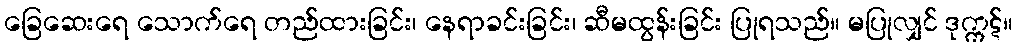
ခြေဆေးရေ သောက်ရေ တည်ထားခြင်း၊ နေရာခင်းခြင်း၊ ဆီမထွန်းခြင်း ပြုရသည်။ မပြုလျှင် ဒုက္ကဋ်။